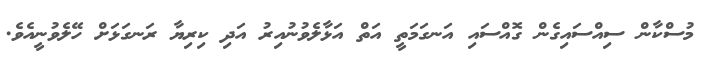
މުސްކާން ސިއްސައިގެން ގޮއްސައި އަނގަމަތީ އަތް އަޅާލެވުނުއިރު އަދި ކިރިޔާ ރަނގަޅަށް ހޭލެވުނީއެވެ.